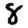
Digit: 8